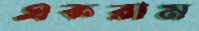
একরাম